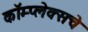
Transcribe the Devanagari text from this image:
कॉम्प्लेक्सचे